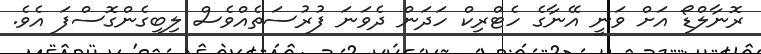
ރޮނާލްޑޯ އަށް ވަނީ އޭނާގެ ހެޓްރިކް ހަދަން ދެވަނަ ފުރުސަތެއްވެސް ލިބިގެންގޮސްފަ އެވެ.